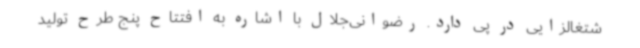
شتغالزایی در پی دارد. رضوانی‌جلال با اشاره به افتتاح پنج طرح تولید